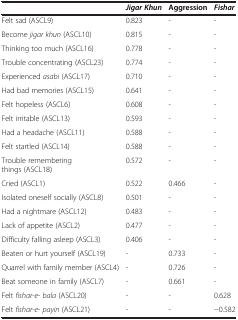
<table><thead><tr><td><b> </b></td><td><b><i>Jigar Khun</i></b></td><td><b>Aggression</b></td><td><b><i>Fishar</i></b></td></tr></thead><tbody><tr><td>Felt sad (ASCL9)</td><td>0.823</td><td>-</td><td>-</td></tr><tr><td>Become <i>jigar khun</i> (ASCL10)</td><td>0.815</td><td>-</td><td>-</td></tr><tr><td>Thinking too much (ASCL16)</td><td>0.778</td><td>-</td><td>-</td></tr><tr><td>Trouble concentrating (ASCL23)</td><td>0.774</td><td>-</td><td>-</td></tr><tr><td>Experienced <i>asabi</i> (ASCL17)</td><td>0.710</td><td>-</td><td>-</td></tr><tr><td>Had bad memories (ASCL15)</td><td>0.641</td><td>-</td><td>-</td></tr><tr><td>Felt hopeless (ASCL6)</td><td>0.608</td><td>-</td><td>-</td></tr><tr><td>Felt irritable (ASCL13)</td><td>0.593</td><td>-</td><td>-</td></tr><tr><td>Had a headache (ASCL11)</td><td>0.588</td><td>-</td><td>-</td></tr><tr><td>Felt startled (ASCL14)</td><td>0.588</td><td>-</td><td>-</td></tr><tr><td>Trouble remembering things (ASCL18)</td><td>0.572</td><td>-</td><td>-</td></tr><tr><td>Cried (ASCL1)</td><td>0.522</td><td>0.466</td><td>-</td></tr><tr><td>Isolated oneself socially (ASCL8)</td><td>0.501</td><td>-</td><td>-</td></tr><tr><td>Had a nightmare (ASCL12)</td><td>0.483</td><td>-</td><td>-</td></tr><tr><td>Lack of appetite (ASCL2)</td><td>0.477</td><td>-</td><td>-</td></tr><tr><td>Difficulty falling asleep (ASCL3)</td><td>0.406</td><td>-</td><td>-</td></tr><tr><td>Beaten or hurt yourself (ASCL19)</td><td>-</td><td>0.733</td><td>-</td></tr><tr><td>Quarrel with family member (ASCL4)</td><td>-</td><td>0.726</td><td>-</td></tr><tr><td>Beat someone in family (ASCL7)</td><td>-</td><td>0.661</td><td>-</td></tr><tr><td>Felt <i>fishar-e- bala</i> (ASCL20)</td><td>-</td><td>-</td><td>0.628</td></tr><tr><td>Felt <i>fishar-e- payin</i> (ASCL21)</td><td>-</td><td>-</td><td>−0.582</td></tr></tbody></table>